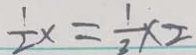
\frac { 1 } { 2 } x = \frac { 1 } { 3 } \times 2